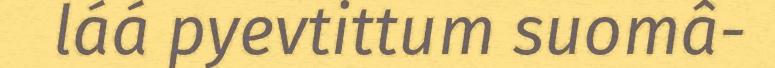
láá pyevtittum suomâ-